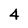
Character: 4